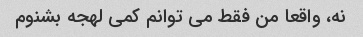
نه، واقعا من فقط می توانم کمی لهجه بشنوم